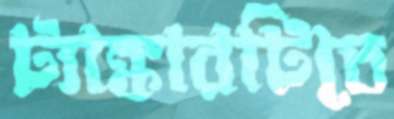
ট্যাঙ্কারটিতে